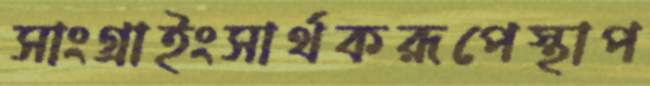
সাংগ্রাইংসার্থকরূপেস্থাপ